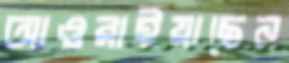
আওরাইয়াছেন